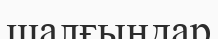
шалғындар